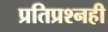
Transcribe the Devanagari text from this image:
प्रतिप्रश्‍नही